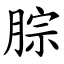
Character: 腙